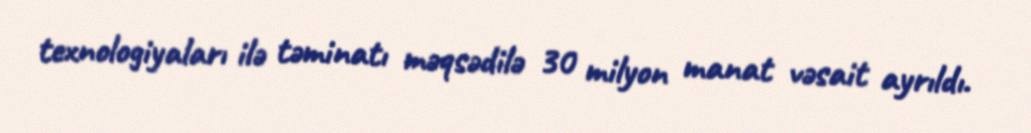
texnologiyaları ilə təminatı məqsədilə 30 milyon manat vəsait ayrıldı.